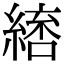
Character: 𮈷